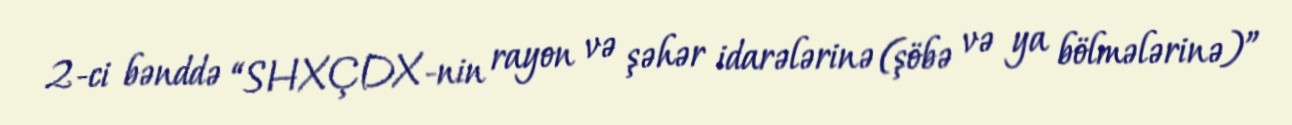
2-ci bənddə “SHXÇDX-nin rayon və şəhər idarələrinə (şöbə və ya bölmələrinə)”